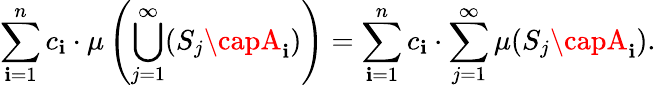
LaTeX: \sum_{\mathbf{i}=1}^{n}c_{\mathbf{i}}\cdot\mu\left(\bigcup_{j=1}^{\infty}(S_{j}\capA_{\mathbf{i}})\right)=\sum_{\mathbf{i}=1}^{n}c_{\mathbf{i}}\cdot\sum_{j=1}^{\infty}\mu(S_{j}\capA_{\mathbf{i}}).